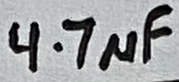
Text: 4.7µF